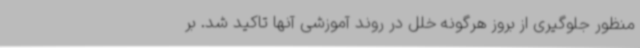
منظور جلوگیری از بروز هرگونه خلل در روند آموزشی آنها تاکید شد. بر